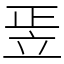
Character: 𥩠